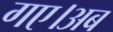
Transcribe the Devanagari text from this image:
गए।अब